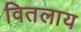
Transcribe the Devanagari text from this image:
वितलाय